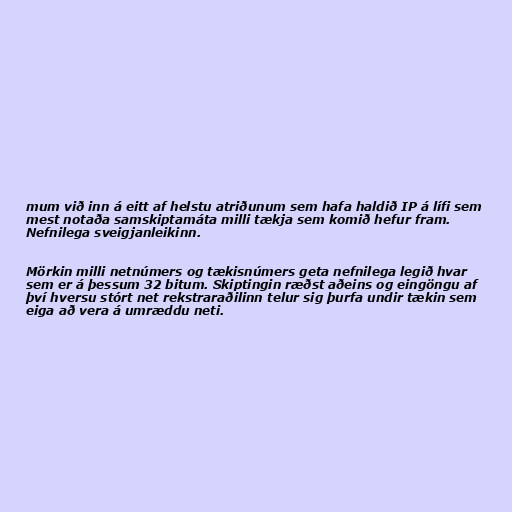
mum við inn á eitt af helstu atriðunum sem hafa haldið IP á lífi sem
mest notaða samskiptamáta milli tækja sem komið hefur fram.
Nefnilega sveigjanleikinn.

Mörkin milli netnúmers og tækisnúmers geta nefnilega legið hvar
sem er á þessum 32 bitum. Skiptingin ræðst aðeins og eingöngu af
því hversu stórt net rekstraraðilinn telur sig þurfa undir tækin sem
eiga að vera á umræddu neti.